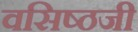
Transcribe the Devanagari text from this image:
वसिष्ठजी